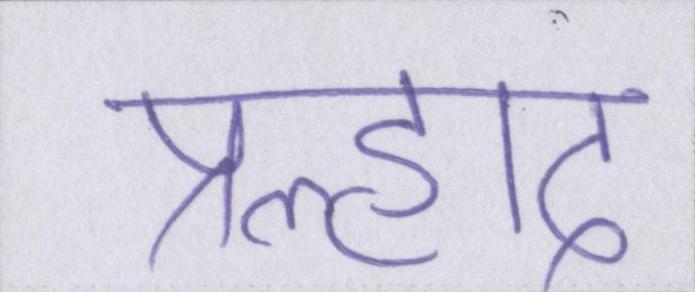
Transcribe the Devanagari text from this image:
प्रह्लाद